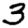
Digit: 3